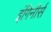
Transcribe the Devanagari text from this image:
इंगिनीर्स